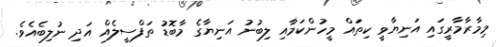
މިމާރާމާރީގައި އަނިޔާވީ ކިތައް މީހުންކަމާއި ލިބުނު އަނިޔާގެ މާބޮޑު ތަފްސީލެއް އަދި ނުލިބެއެވެ.